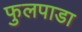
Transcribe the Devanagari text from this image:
फुलपाडा